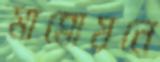
মান্নোয়নে